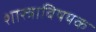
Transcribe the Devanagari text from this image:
शास्त्राविषयक